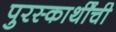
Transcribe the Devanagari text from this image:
पुरस्कार्थींची